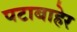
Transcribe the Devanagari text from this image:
पटाबाहेर